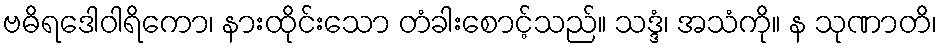
ဗဓိရဒေါဝါရိကော၊ နားထိုင်းသော တံခါးစောင့်သည်။ သဒ္ဒံ၊ အသံကို။ န သုဏာတိ၊